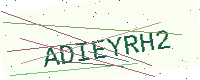
Text: ADIEYRH2